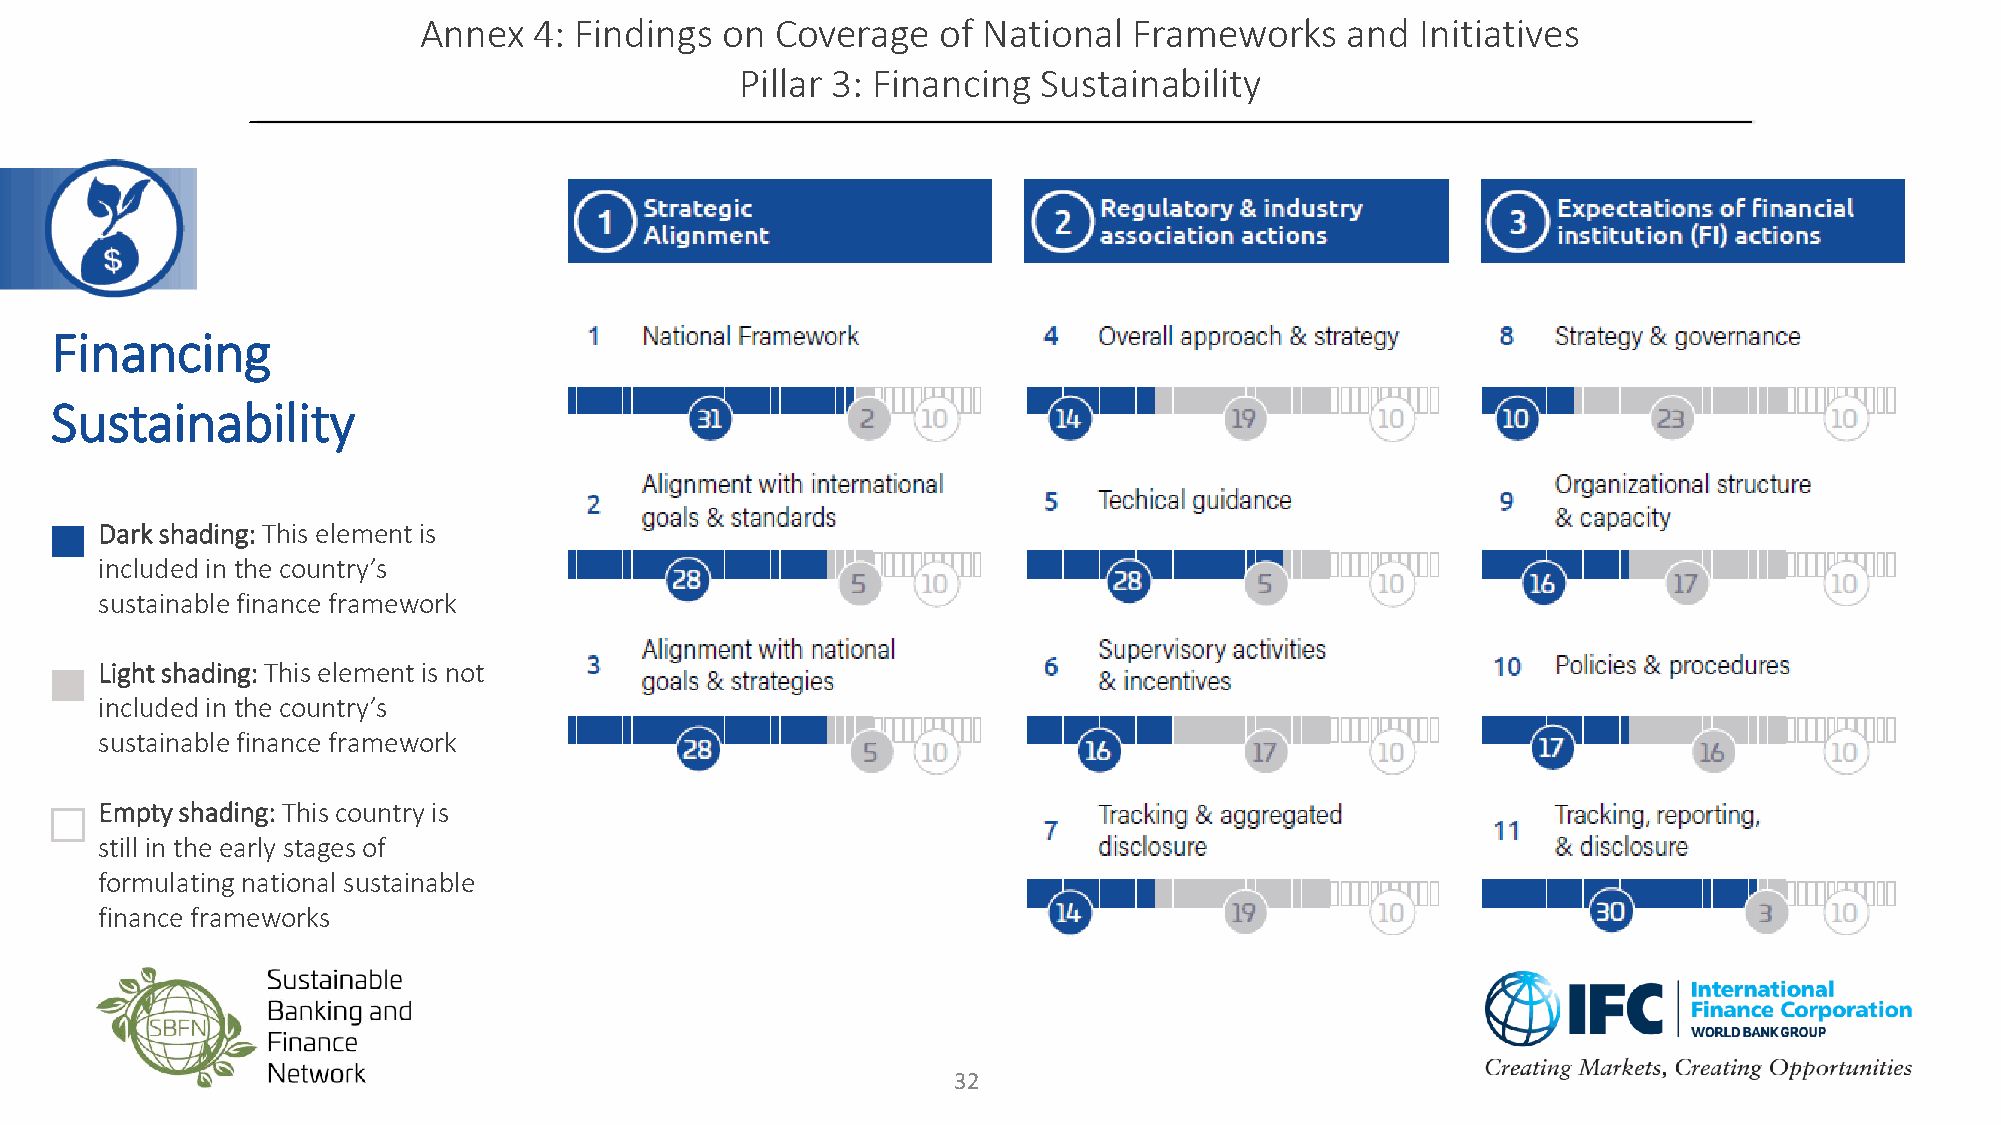
Annex  4: Findings  on Coverage   of National  Frameworks    and  Initiatives
 Pillar 3: Financing Sustainability
 Financing
 Sustainability
 Dark shading: This element is
 included in the country’s
 sustainable finance framework
 Light shading: This element is not
 included in the country’s
 sustainable finance framework
 Empty shading: This country is
 still in the early stages of
 formulating national sustainable
 finance frameworks
 32